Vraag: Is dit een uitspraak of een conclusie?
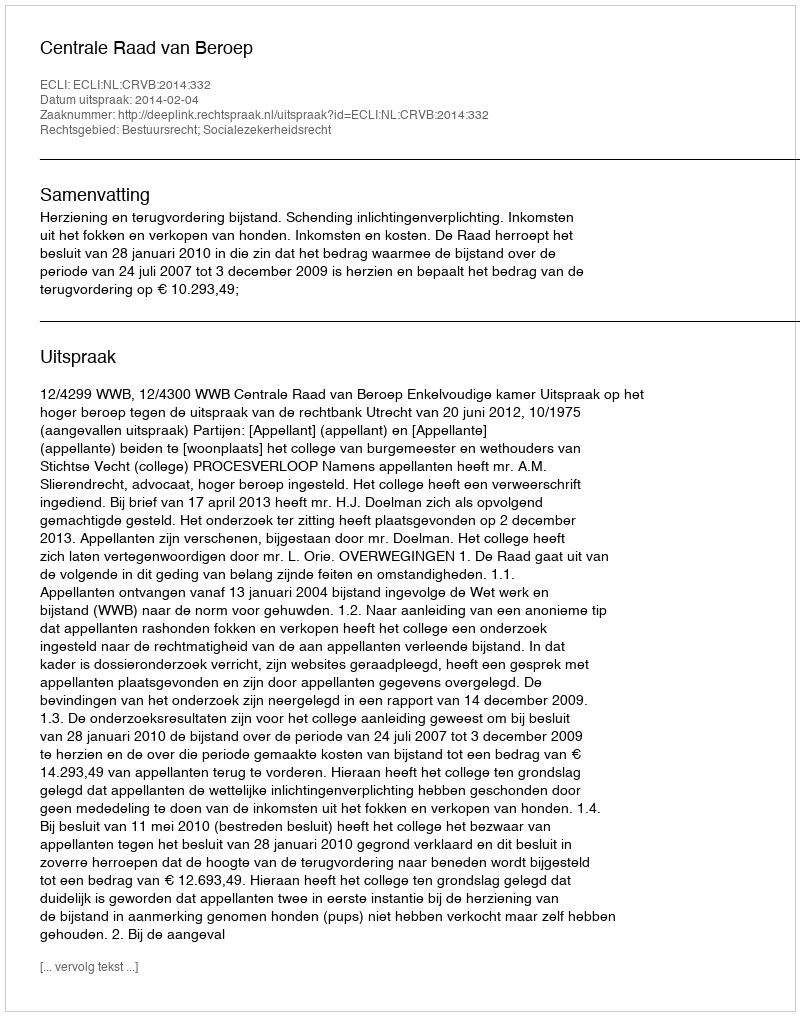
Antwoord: Uitspraak